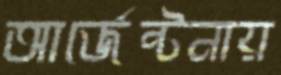
আর্জেন্টনায়